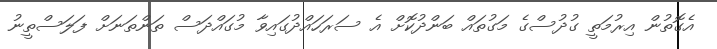
އެގޮތުން އިރުމަތީ ގުދުސްގެ މަގުތައް ބަންދުކޮށް އެ ސަރަހައްދުގައިވާ މުގައްދަސް ތަންތަނަށް ފަލަސްތީނު